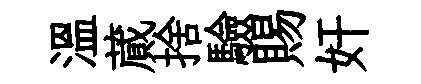
溫蕆捨驗賜奸